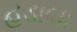
હડાલા